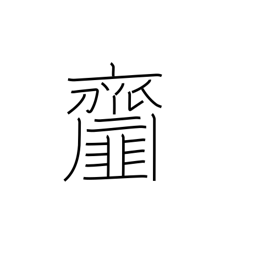
Meaning: dishes seasoned with vinegar or miso